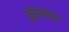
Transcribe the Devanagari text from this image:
कुलतार